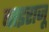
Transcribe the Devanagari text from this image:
बाइराजू